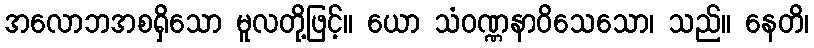
အလောဘအစရှိသော မူလတို့ဖြင့်။ ယော သံဝဏ္ဏနာဝိသေသော၊ သည်။ နေတိ၊